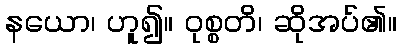
နယော၊ ဟူ၍။ ဝုစ္စတိ၊ ဆိုအပ်၏။